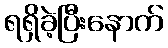
ရရှိခဲ့ပြီးနောက်